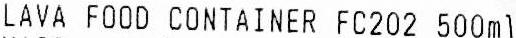
LAVA FOOD CONTAINER FC202 500ML